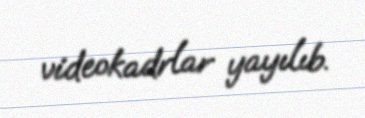
videokadrlar yayılıb.